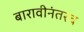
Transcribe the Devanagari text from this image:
बारावीनंतरच